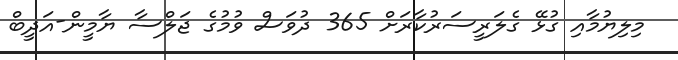
މިލިޔުމާއި ގުޅޭ ގެލަރީސަރުކާރަށް 365 ދުވަސް ވުމުގެ ޖަލްސާ ޔާމީން-އަދީބް